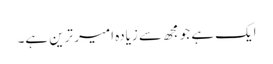
ایک ہے جو مجھ سے زیادہ امیر ترین ہے۔